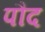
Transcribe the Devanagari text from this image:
पौद